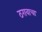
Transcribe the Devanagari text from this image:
ठरावाचा